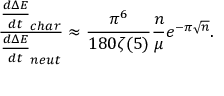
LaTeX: \frac { \frac { d \Delta E } { d t } _ { c h a r } } { \frac { d \Delta E } { d t } _ { n e u t } } \approx \frac { \pi ^ { 6 } } { 1 8 0 \zeta ( 5 ) } \frac { n } { \mu } e ^ { - \pi \sqrt { n } } .